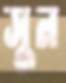
সুন